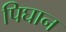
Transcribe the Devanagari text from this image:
पिघान